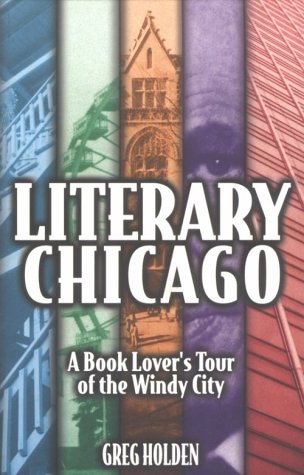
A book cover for Literary Chicago: A Book Lover's Tour of the Windy City (Illinois); Greg Holden; Travel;